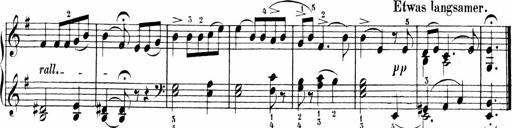
Title: 6 Liedersonatinen
Composer: Carl Reinecke